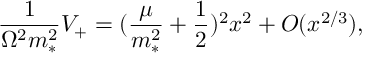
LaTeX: \frac { 1 } { \Omega ^ { 2 } m _ { * } ^ { 2 } } V _ { + } = ( \frac { \mu } { m _ { * } ^ { 2 } } + \frac { 1 } { 2 } ) ^ { 2 } x ^ { 2 } + { \cal O } ( x ^ { 2 / 3 } ) ,